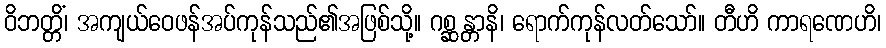
ဝိဘတ္တိံ၊ အကျယ်ဝေဖန်အပ်ကုန်သည်၏အဖြစ်သို့။ ဂစ္ဆန္တာနိ၊ ရောက်ကုန်လတ်သော်။ တီဟိ ကာရဏေဟိ၊